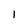
Character: l